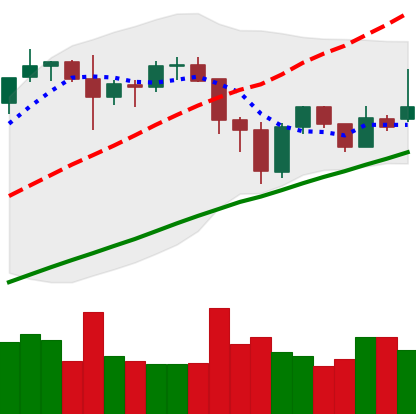
Ticker: BNB-USD
Chart end date: 2021-11-25
Forward return: 3.137%
Label: up_3_5